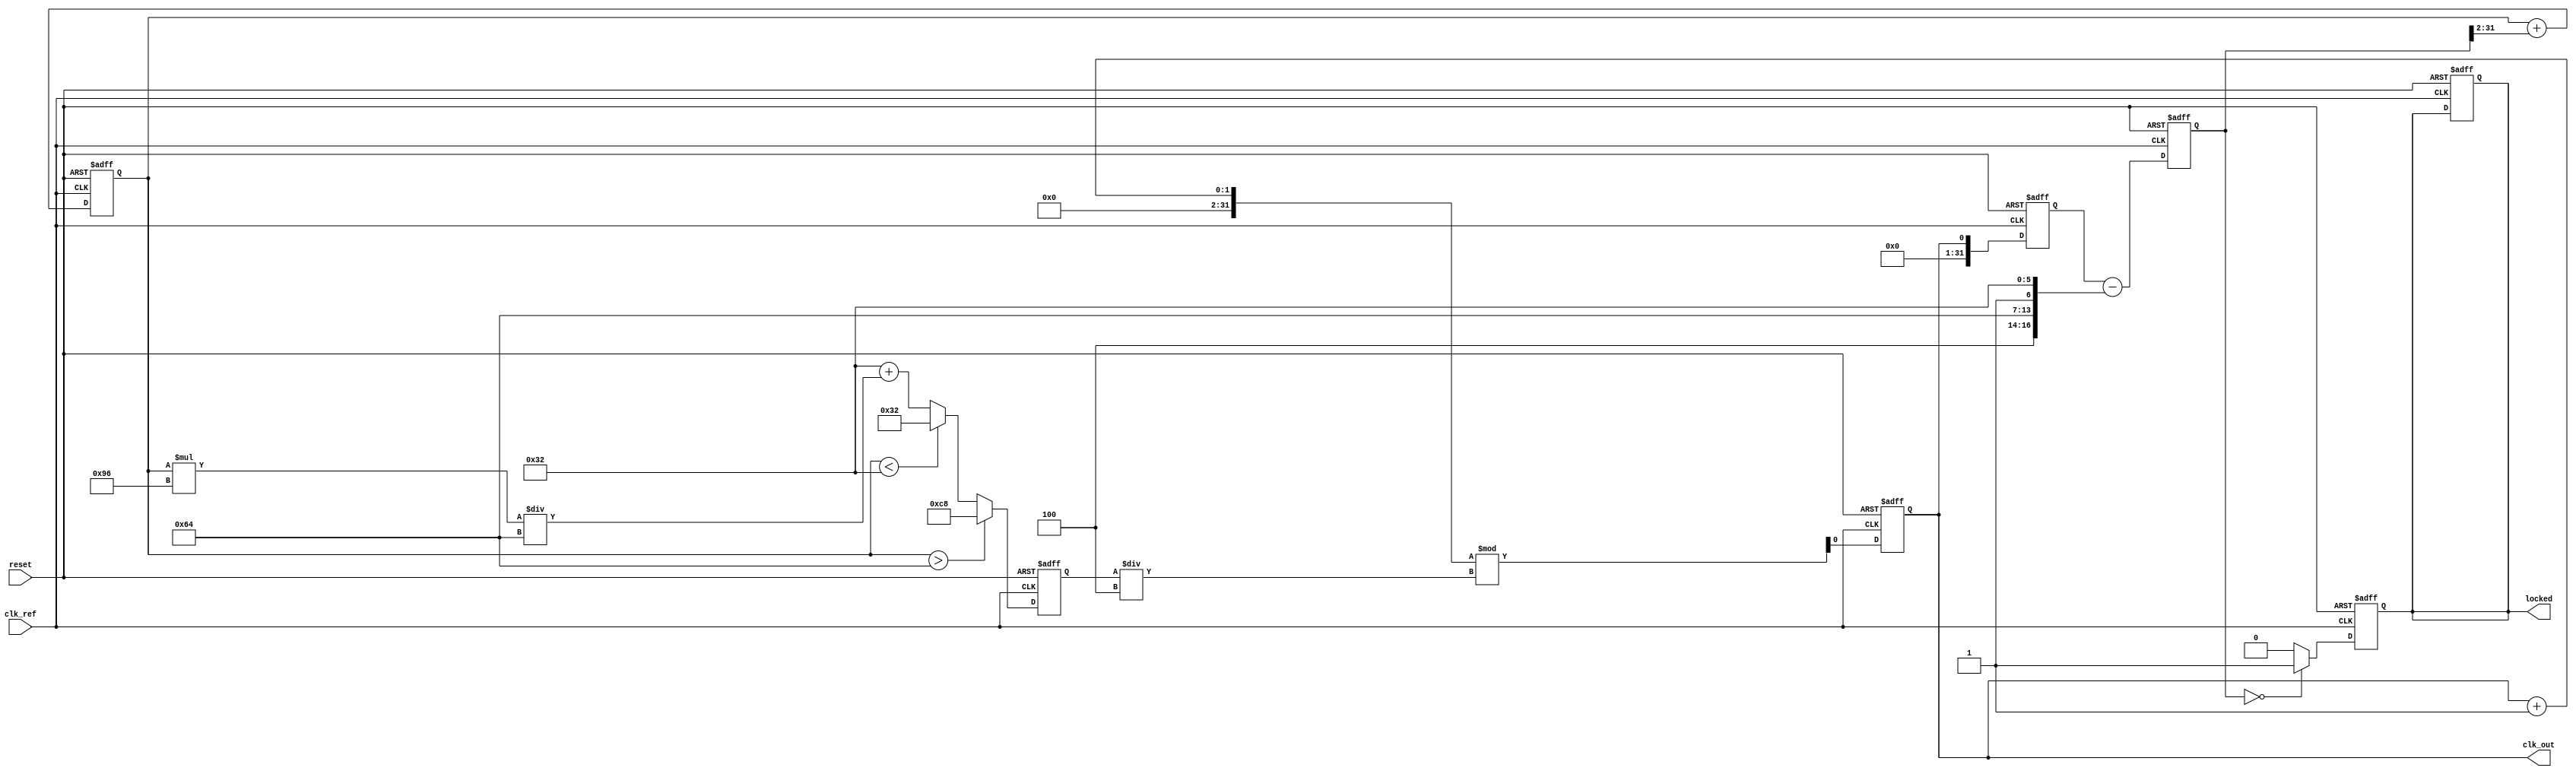
module PLL (
    input wire clk_ref,          // Reference clock input
    input wire reset,            // Asynchronous reset
    output reg clk_out,          // Output clock
    output reg locked            // Lock status
);

// Parameters
parameter DIV_RATIO = 4;       // Frequency divider ratio
parameter VCO_MAX_FREQ = 200;  // Maximum VCO frequency in MHz
parameter VCO_MIN_FREQ = 50;   // Minimum VCO frequency in MHz

// Internal signals
reg [31:0] phase_error;         // Phase error signal
reg [31:0] control_voltage;      // Control voltage for VCO
reg [31:0] vco_output;           // VCO output frequency
reg [31:0] feedback_div;         // Feedback divider output
reg [31:0] phase_accumulator;    // Phase accumulator
reg vco_enable;                  // VCO enable signal

// Phase Detector (PD)
always @(posedge clk_ref or posedge reset) begin
    if (reset) begin
        phase_error <= 0;
    end else begin
        // Simple phase comparison logic (idealized)
        phase_error <= feedback_div - phase_accumulator; // Phase difference
    end
end

// Low Pass Filter (LPF)
always @(posedge clk_ref or posedge reset) begin
    if (reset) begin
        control_voltage <= 0;
    end else begin
        // Simple LPF implementation (first-order)
        control_voltage <= control_voltage + (phase_error >> 2); // Adjust control voltage
    end
end

// Voltage-Controlled Oscillator (VCO)
always @(posedge clk_ref or posedge reset) begin
    if (reset) begin
        vco_output <= VCO_MIN_FREQ; // Start at minimum frequency
        clk_out <= 0;
        locked <= 0;
    end else begin
        // Adjust VCO output frequency based on control voltage
        if (control_voltage > 100) begin
            vco_output <= VCO_MAX_FREQ; // Max frequency
        end else if (control_voltage < 50) begin
            vco_output <= VCO_MIN_FREQ; // Min frequency
        end else begin
            vco_output <= VCO_MIN_FREQ + (control_voltage * (VCO_MAX_FREQ - VCO_MIN_FREQ) / 100);
        end
        
        // Generate output clock based on VCO output
        clk_out <= (clk_out + 1) % (vco_output / DIV_RATIO); // Divide output clock
    end
end

// Frequency Divider (Feedback Divider)
always @(posedge clk_ref or posedge reset) begin
    if (reset) begin
        feedback_div <= 0;
    end else begin
        feedback_div <= clk_out; // Feedback from output clock
    end
end

// Lock Detection Logic
always @(posedge clk_ref or posedge reset) begin
    if (reset) begin
        locked <= 0;
    end else begin
        // Simple lock detection logic (idealized)
        if (phase_error == 0) begin
            locked <= 1; // PLL is locked
        end else begin
            locked <= 0; // PLL is not locked
        end
    end
end

endmodule